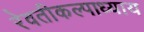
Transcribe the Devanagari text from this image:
रेवतीकल्पाध्याय